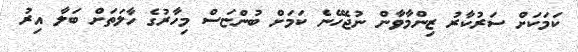
ކަމަކަށް ސަރުކާރު ޒިންމާވާން ނުޖެހޭނެ ކަމަށް ބުންޏަސް މިހާރުގެ ހާލަތަށް ބަލާ އިރު